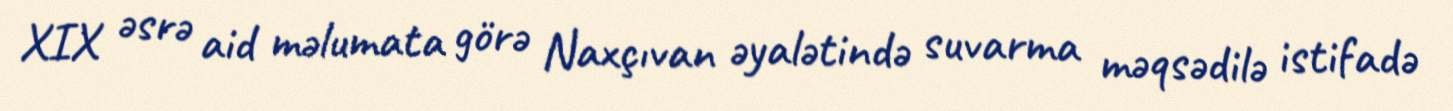
XIX əsrə aid məlumata görə Naxçıvan əyalətində suvarma məqsədilə istifadə